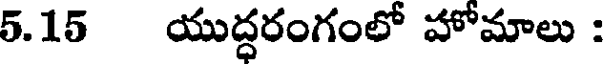
5.15 యుద్ధరంగంలో హోమాలు :